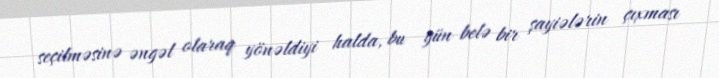
seçilməsinə əngəl olaraq yönəldiyi halda, bu gün belə bir şayiələrin çıxması